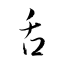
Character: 舌